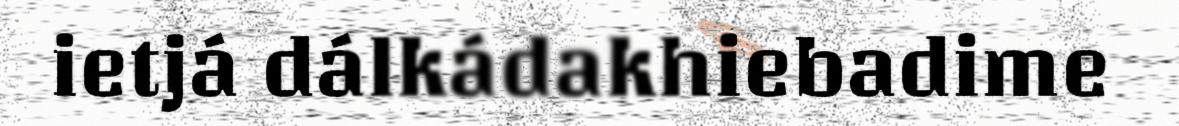
ietjá dálkádakhiebadime